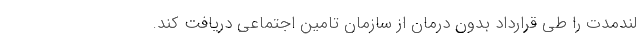
لندمدت را طی قرارداد بدون درمان از سازمان تامین اجتماعی دریافت کند.